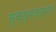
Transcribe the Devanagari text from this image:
सूक्ष्मकर्नल